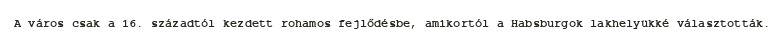
A város csak a 16. századtól kezdett rohamos fejlődésbe, amikortól a Habsburgok lakhelyükké választották.